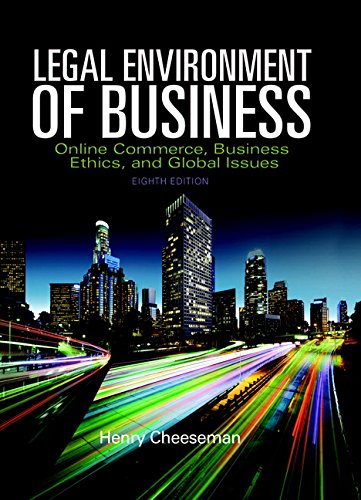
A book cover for Legal Environment of Business: Online Commerce, Ethics, and Global Issues (8th Edition); Henry R. Cheeseman; Law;